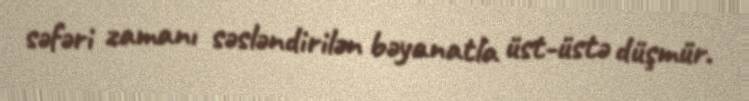
səfəri zamanı səsləndirilən bəyanatla üst-üstə düşmür.